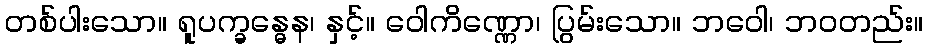
တစ်ပါးသော။ ရူပက္ခန္ဓေန၊ နှင့်။ ဝေါကိဏ္ဏော၊ ပြွမ်းသော။ ဘဝေါ၊ ဘဝတည်း။